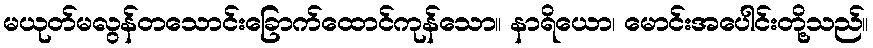
မယုတ်မလွန်တသောင်းခြောက်ထောင်ကုန်သော။ နာရိယော၊ မောင်းအပေါင်းတို့သည်။